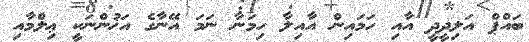
ބައްޕް އަލިދީދީ އާއި ހަމައިން އާއިލާ ހިމަނާ ނަމަ އޭނާގެ އަޚުންނަކީ ޢިލްމާއި